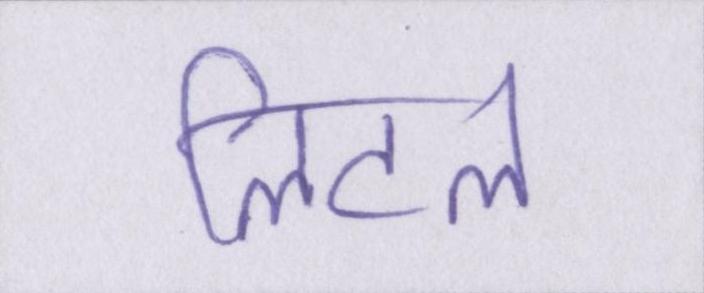
लिटल